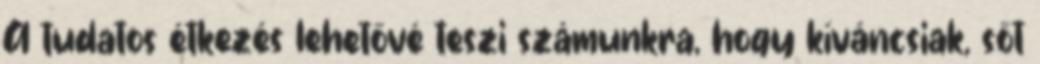
A tudatos étkezés lehetővé teszi számunkra, hogy kíváncsiak, sőt